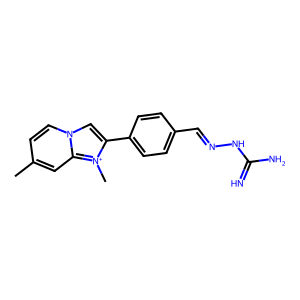
SMILES: Cc1ccn2cc(-c3ccc(C=NNC(=N)N)cc3)[n+](C)c2c1
Inhibits HIV replication: No